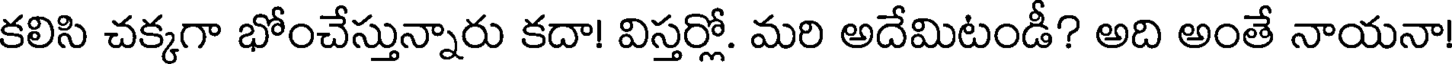
కలిసి చక్కగా భోంచేస్తున్నారు కదా! విస్తర్లో. మరి అదేమిటండీ? అది అంతే నాయనా